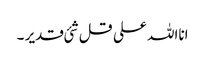
انااللہ علی قل شئی قدیر ۔